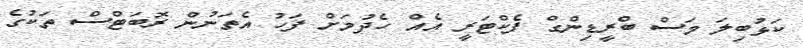
ކަޅުބިލަ މަސް ބްރީޑިންގް ފެކްޓަރީ އެއް ހެދުމަށް ފަހު އެތަނުން ރޮބަޓްސް ތަކުގެ